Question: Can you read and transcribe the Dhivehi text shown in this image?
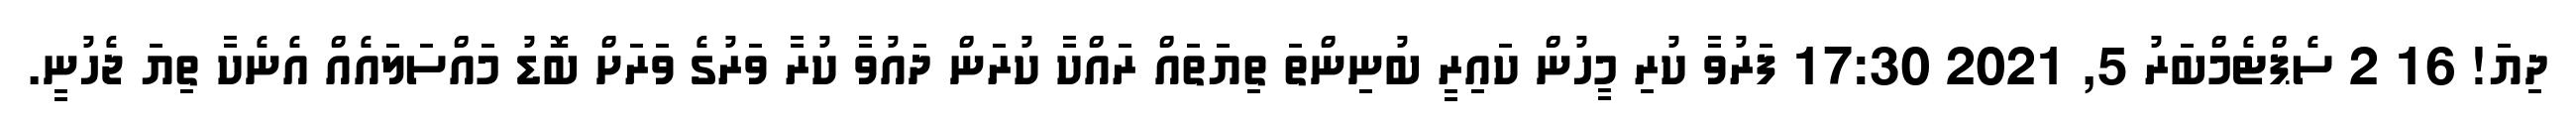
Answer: ދިޔަ! 16 2 ސެޕްޓެމްބަރު 5, 2021 17:30 ފަރުވާ ކުރި މީހުން ކައިރީ ބުނިންތަ ތިޔަތައް ރައްކާ ކުރަން ދައުވާ ކުރާ ވަރުގެ ވަރަށް ބޮޑު މައްސަލައެއް އެނެކާ ތިޔަ ޖެހުނީ.